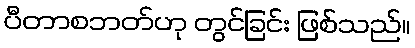
ပီတာစဘတ်ဟု တွင်ခြင်း ဖြစ်သည်။